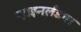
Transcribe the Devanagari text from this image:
ऱ्हाइनलँडचा